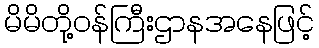
မိမိတို့ဝန်ကြီးဌာနအနေဖြင့်